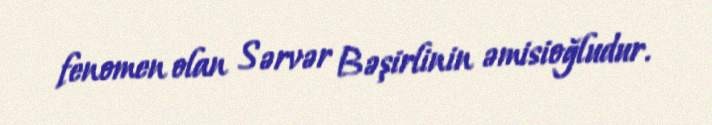
fenomen olan Sərvər Bəşirlinin əmisioğludur.